Report on the working of the mental hospitals for Indians in Bihar and Orissa - 1925-1929
Year: 1925
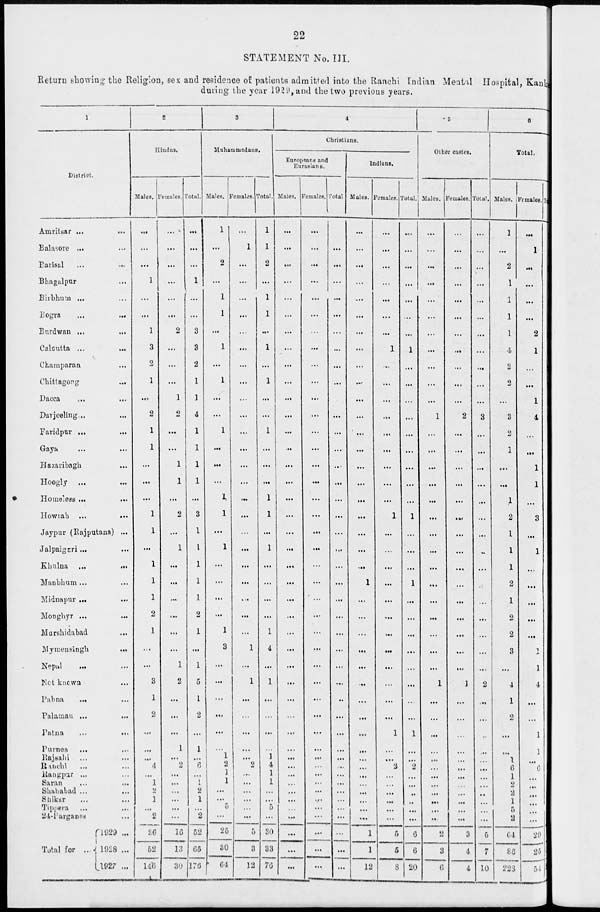
22
STATEMENT No. III.
Return showing the Religion, sex and residence of patients admitted into the Ranchi Indian Mental Hospital, Kanke
during the year 1929, and the two previous years.
1
District.
Amritsar ... ...
Balasore ... ...
Barisal
...
...
Bhagalpur ... ...
Birbhum ... ...
Bogra
...
...
Burdwan ... ...
Calcutta ...
...
Champaran ...
Chittagong
...
Dacca ... ...
Darjeeling... ...
Faridpur ... ...
Gaya ... ...
Hazaribagh ...
Hoogly ... ...
Homeless ... ...
Howrah ... ...
Jaypur (Rajputana) ...
Jalpaiguri ... ...
Khulna
...
...
Manbhum ... ...
Midnapur ... ...
Monghyr ... ...
Murshidabad ...
Mymensingh
...
Nepal ... ...
Not known ...
Pabna ... ...
Palaman ... ...
Patna
...
...
Purnea ... ...
Rajsahi ... ...
Ranchi ... ...
Rangpur ... ...
Saran ... ...
Shahabad ... ...
Shikar ... ...
Tippera ... ...
24-Parganas
Total for ...
1929...
1928 ...
1927 ...
2
Hindus.
Males.
...
...
...
1
...
...
1
3
2
1
...
2
1
1
...
...
...
1
1
...
1
1
1
2
1
...
...
3
1
2
...
...
...
4
...
1
2
1
...
2
36
52
146
Females.
...
...
...
...
...
...
2
...
...
...
1
2
...
...
1
1
...
2
...
1
...
...
...
...
...
...
1
2
...
...
...
1
...
2
...
...
...
...
...
...
16
13
30
Total.
...
...
...
1
...
...
3
3
2
1
1
4
1
1
1
1
...
3
1
1
1
1
1
2
1
...
1
5
1
2
...
1
...
6
...
1
2
1
...
2
52
65
176
3
Muhammadans.
Males.
1
...
2
...
1
1
...
1
...
1
...
...
1
...
...
...
1
1
...
1
...
...
...
...
1
3
...
...
...
...
...
...
1
2
1 1
...
...
5
...
25
30
64
Females.
...
1
...
...
...
...
...
...
...
...
...
...
...
...
...
...
...
...
...
...
...
...
...
...
...
1
...
1
...
...
...
...
...
2
...
...
...
...
...
...
5
3
12
Total.
1
1
2
...
1
1
...
1
...
1
...
...
1
...
...
...
1
1
...
1
...
...
...
...
1
4
...
1
...
...
...
...
1
4
1
1
...
...
5
...
30
33
76
4
Christians.
Europeans and
Eurasians.
Male.
...
...
...
...
...
...
...
...
...
...
...
...
...
...
...
...
...
...
...
...
...
...
...
...
...
...
...
...
...
...
...
...
...
...
...
...
...
...
...
...
...
...
...
Females.
...
...
...
...
...
...
...
...
...
...
...
...
...
...
...
...
...
...
...
...
...
...
...
...
...
...
...
...
...
...
...
...
...
...
...
...
...
...
...
...
...
...
...
Total
...
...
...
...
...
...
...
...
...
...
...
...
...
...
...
...
...
...
...
...
...
...
...
...
...
...
...
...
...
...
...
...
...
...
...
...
...
...
...
...
...
...
...
Indians.
Males.
...
...
...
...
...
...
...
...
...
...
...
...
...
...
...
...
...
...
...
...
...
1
...
...
...
...
...
...
...
...
...
...
...
...
...
...
...
...
...
...
1
1
12
Females.
...
...
...
...
...
...
...
1
...
...
...
...
...
...
...
...
...
1
...
...
...
...
...
...
...
...
...
...
...
...
1
...
...
2
...
...
...
...
...
...
5
5
8
Total.
...
...
...
...
...
...
...
1
...
...
...
...
...
...
...
...
...
1
...
...
...
1
...
...
...
...
...
...
...
...
1
...
...
2
...
...
...
...
...
...
6
6
20
5
Other castes.
Males.
...
...
...
...
...
...
...
...
...
...
...
1
...
...
...
...
...
...
...
...
...
...
...
...
...
...
...
1
...
...
...
...
...
...
...
...
...
...
...
...
...
3
6
Females.
...
...
...
...
...
...
...
...
...
...
...
2
...
...
...
...
...
...
...
...
...
...
...
...
...
...
...
1
...
...
...
...
...
...
...
...
...
...
...
...
3
4
4
Total.
...
...
...
...
...
...
...
...
...
...
...
3
...
...
...
...
...
...
...
...
...
...
...
...
...
...
...
2
...
...
...
...
...
...
...
...
...
...
...
...
5
7
10
6
Total.
Males.
1
...
2
1
1
1
1
4
2
2
...
3
2
1
...
...
1
2
1
1
1
2
1
2
2
3
...
4
1
2
...
...
1
6
1
2
2
1
5
2
64
86
228
Females.
...
1
...
...
...
...
2
1
...
...
1
4
...
...
1
1
...
3
...
1
...
...
...
...
...
1
1
4
...
...
1
1
...
6
...
...
...
...
...
...
29
25
51
T
1
1
2
1
1
1
3
5
2
2
1
7
2
1
1
1
1
5
1
2
1
2
1
2
2
4
1
8
1
2
1
1
1
12
1
2
2
1
5
2
93
112
279